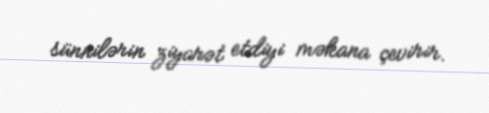
sünnilərin ziyarət etdiyi məkana çevirir.